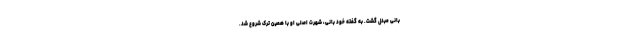
بانی مبدل گشت. به گفته خود بانی، شهرت اصلی او با همین ترک شروع شد.